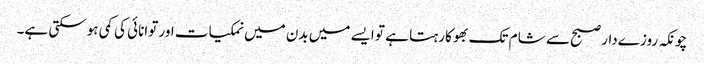
چونکہ روزےدار صبح سے شام تک بھوکا رہتا ہے تو ایسے میں بدن میں نمکیات اور توانائی کی کمی ہوسکتی ہے۔